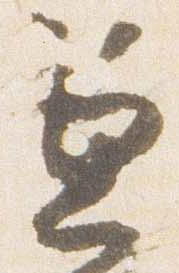
兼